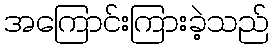
အကြောင်းကြားခဲ့သည်